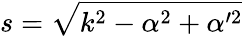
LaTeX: s=\sqrt{k^{2}-\alpha^{2}+\alpha^{\prime 2}}